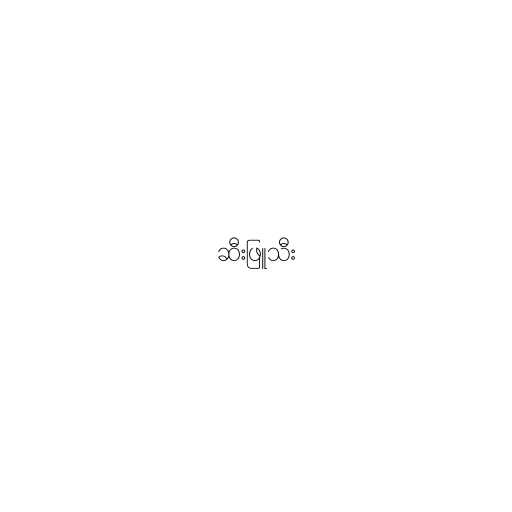
ဆီးဖြူသီး